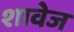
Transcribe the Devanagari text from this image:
शावेज